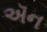
ઍન